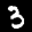
Label: 3